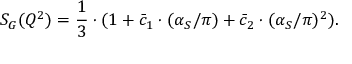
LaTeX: S _ { G } ( Q ^ { 2 } ) = \frac { 1 } { 3 } \cdot ( 1 + \bar { c } _ { 1 } \cdot ( \alpha _ { S } / \pi ) + \bar { c } _ { 2 } \cdot ( \alpha _ { S } / \pi ) ^ { 2 } ) .